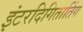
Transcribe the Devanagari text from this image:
इंटरदिगितातिंग